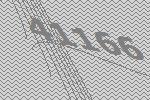
41166